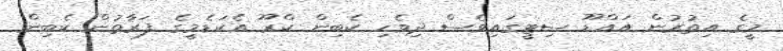
މީގެ އިތުރުން އައްޑޫ ސިޓީގައިވެސް ދިވެހި ކެބިން ކްރޫ އެކަޑެމީގެ ފަރާތުން ކެބިން